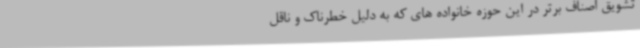
تشویق اصناف برتر در این حوزه خانواده های که به دلیل خطرناک و ناقل